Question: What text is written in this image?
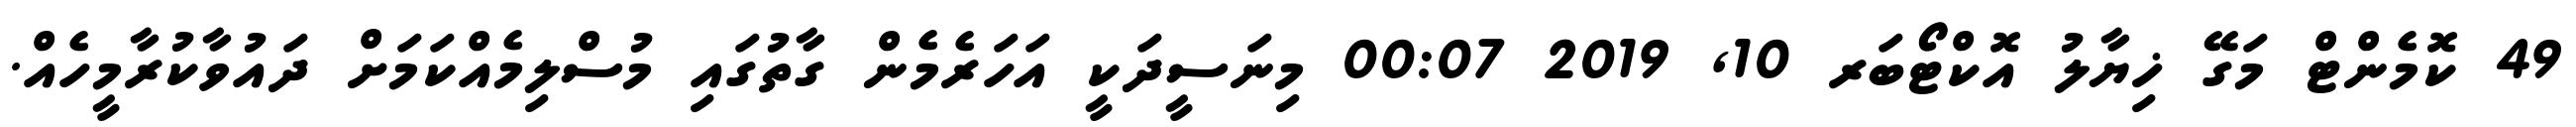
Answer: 49 ކޮމެންޓް މަގޭ ޚިޔާލު އޮކްޓޯބަރ 10, 2019 00:07 މިނަސީދަކީ އަހަރެމެން ގާތުގައި މުސްލިމެއްކަމަށް ދައުވާކުރާމީހެއް.